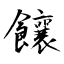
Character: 饟